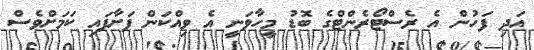
އަދި ފަހުން އެ ރެސްޓޯރެންޓްގެ ބޮޑު މީހާވަނީ އެ ވިއްކަން ފަށާފައި ކަމަށްވެސް